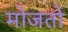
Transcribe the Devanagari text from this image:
मोजतो